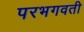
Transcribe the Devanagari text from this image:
परभगवती